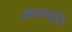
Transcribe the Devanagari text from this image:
कच्छपारि